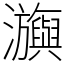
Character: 㶛